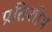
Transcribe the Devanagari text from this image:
प्रतिशोथ